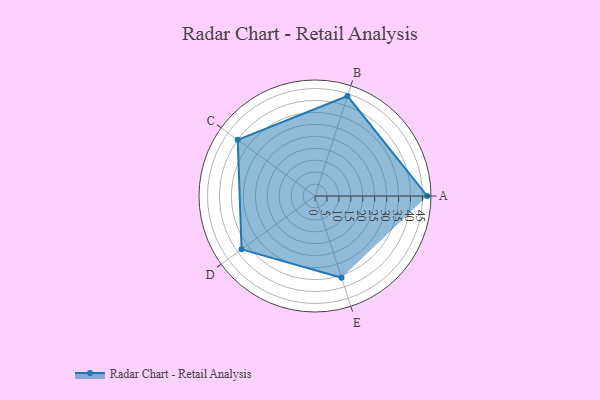
{"axis": {"x": "Skill", "y": "Score"}, "legend": ["Profile"], "data": [{"x": "A", "y": 47.0, "type": "Profile"}, {"x": "B", "y": 44.0, "type": "Profile"}, {"x": "C", "y": 40.0, "type": "Profile"}, {"x": "D", "y": 38.0, "type": "Profile"}, {"x": "E", "y": 36.0, "type": "Profile"}]}